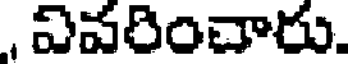
, వివరించారు.